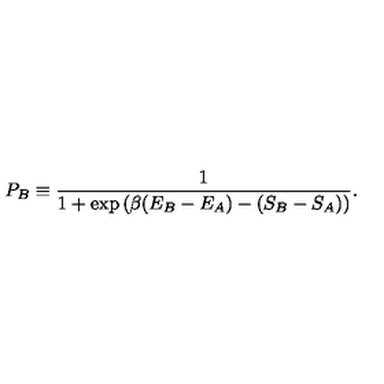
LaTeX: P _ { B } \equiv { \frac { 1 } { 1 + \exp \left( \beta ( E _ { B } - E _ { A } ) - ( S _ { B } - S _ { A } ) \right) } } .